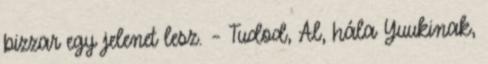
bizzar egy jelenet lesz. – Tudod, Al, hála Yuukinak,